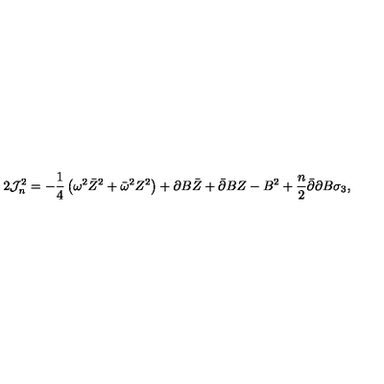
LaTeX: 2 { \cal J } _ { n } ^ { 2 } = - \frac 1 4 \left( \omega ^ { 2 } \bar { Z } ^ { 2 } + \bar { \omega } ^ { 2 } Z ^ { 2 } \right) + \partial B \bar { Z } + \bar { \partial } B Z - B ^ { 2 } + \frac n 2 \bar { \partial } \partial B \sigma _ { 3 } ,